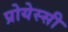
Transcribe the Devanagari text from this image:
प्रोयेस्सी